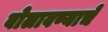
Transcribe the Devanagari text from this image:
बोलावण्याचे